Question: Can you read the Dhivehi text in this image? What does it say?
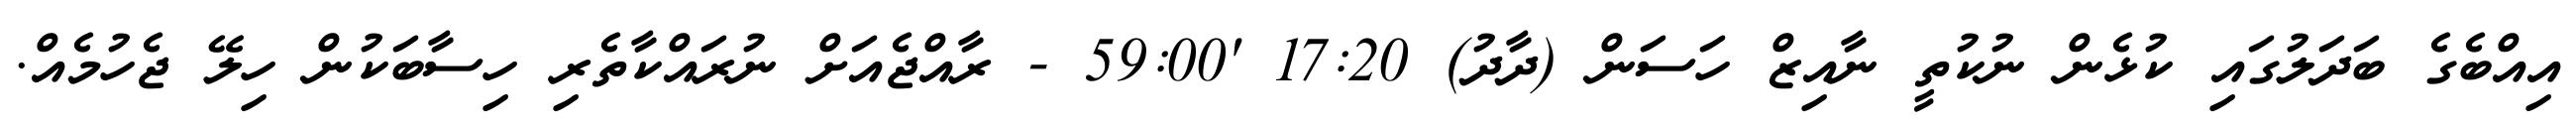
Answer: އިއްބެގެ ބަދަލުގައި ކުޅެން ނުކުތީ ނާއިޒް ހަސަން (ދާދު) 17:20 '59:00 - ރާއްޖެއަށް ނުރައްކާތެރި ހިސާބަކުން ހިލޭ ޖެހުމެއް.